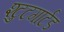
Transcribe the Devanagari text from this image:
श्टुटगार्टड